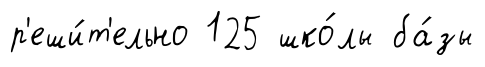
р'еши́т'ельно 125 шко́лы ба́зы